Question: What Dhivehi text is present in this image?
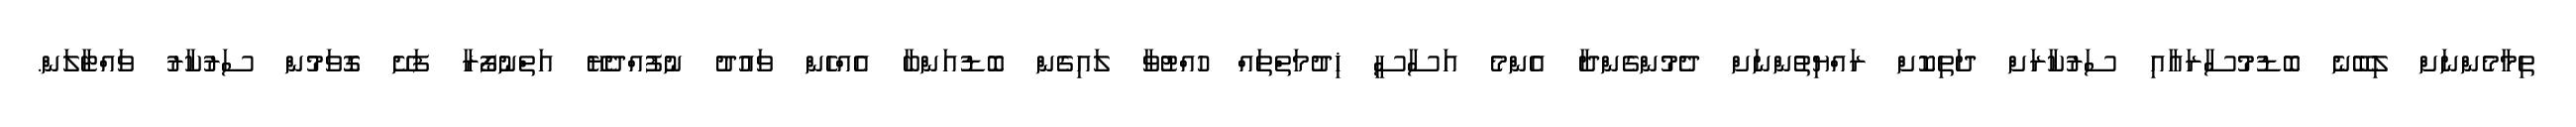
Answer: ތިމާމެންނަށް ލިބޭނެ ބޮޑުމުސާރައާއި ސަރުކާރަށް ދަތިކޮށް ރައްޔިތުންނަށް ދެމުންގެންދާ އެންމެ އަސާސީ ޚިދުމަތްތައް ހުއްޓުވާ ލައިގެން ބޮޑުއަންބާ އެއްހެން ވައުދު ނުފުއްދެޔޭ އަތްނުފޯރާ ފަށޭ ގޮވަމުން ސަރުކާރު ވައްޓާލަން.